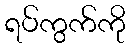
ရပ်ကွက်ကို